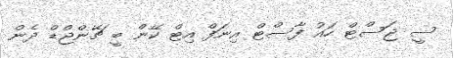
ސީ ޖަސްޓް ހައު ފާސްޓް އިނަފް އިޓް ކޭން ބީ ޗޭންޖްޑް ދެން